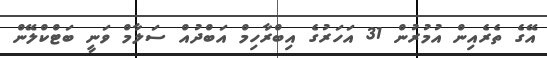
އޭގެ ތެރެއިން އުމުރުން 31 އަހަރުގެ އިބްރާހިމް އަބްދުއް ސަލާމް ވަނީ ބަޓްކްލޭން